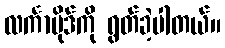
လင်္ကာပိုဒ်ကို ရွတ်ခဲ့ပါတယ်။